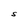
Character: S